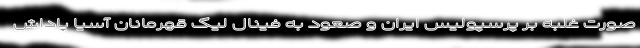
صورت غلبه بر پرسپولیس ایران و صعود به فینال لیگ قهرمانان آسیا پاداش